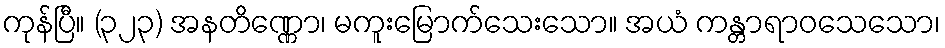
ကုန်ပြီ။ (၃၂၃) အနတိဏ္ဏော၊ မကူးမြောက်သေးသော။ အယံ ကန္တာရာဝသေသော၊